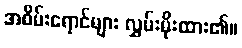
အစိမ်းရောင်များ လွှမ်းမိုးထား၏။